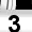
Digit: 3